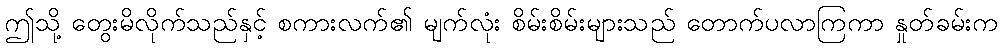
ဤသို့ တွေးမိလိုက်သည်နှင့် စကားလက်၏ မျက်လုံး စိမ်းစိမ်းများသည် တောက်ပလာကြကာ နှုတ်ခမ်းက